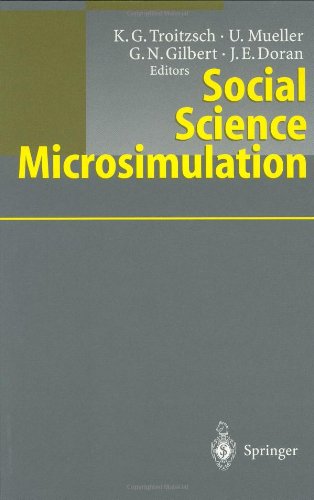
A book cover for Social Science Microsimulation; Business & Money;